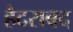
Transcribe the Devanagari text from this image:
हैदराबद